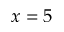
x = 5